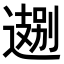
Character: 𬩁